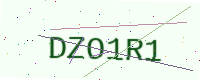
Text: DZO1R1